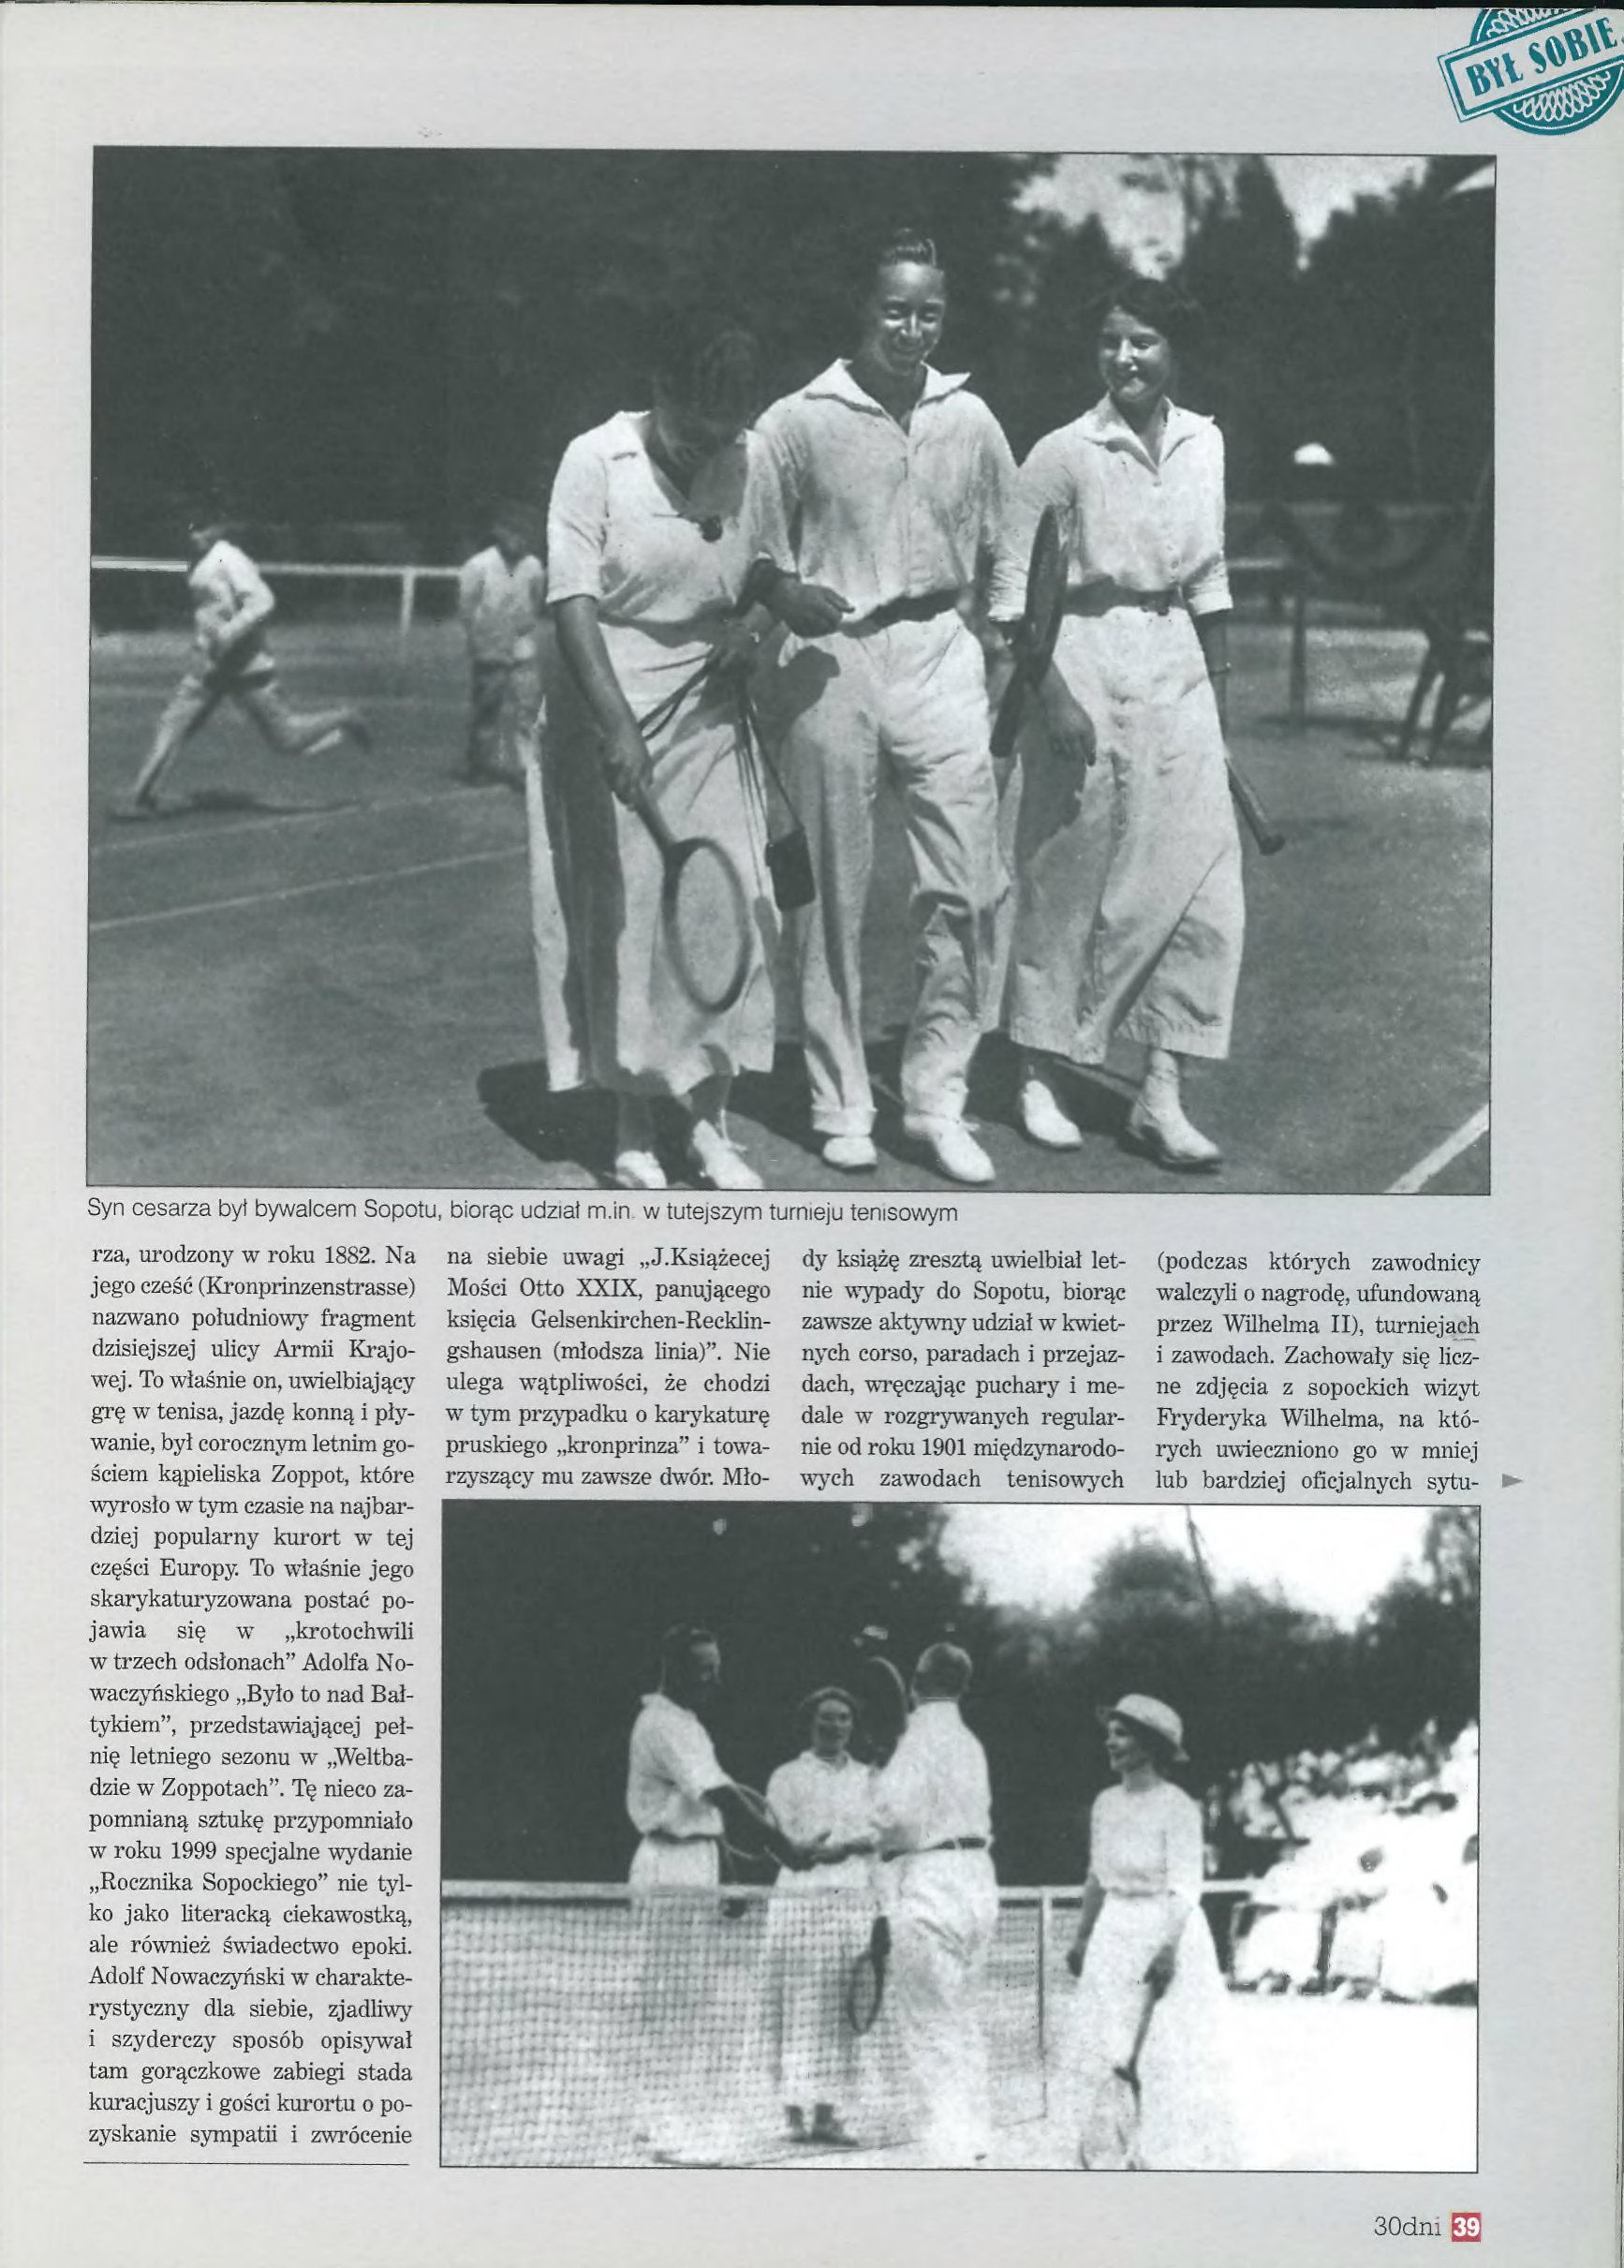
Language: pl